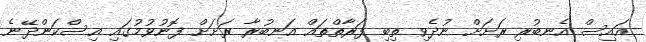
އައިސް އެނބުރި ރަށަށް ނުދެވި ތިބި ފަރާތްތައް އަނބުރާ ރަށަށް ފޮނުވުމުގައި އިސްކަންދޭނެ